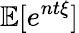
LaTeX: \mathbb{E}[e^{nt\xi}]